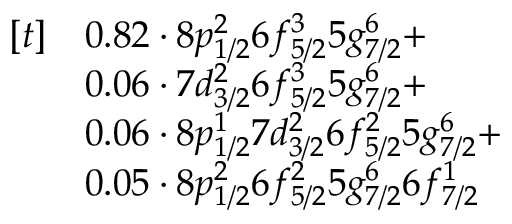
\begin{array} { r l } { [ t ] } & { 0 . 8 2 \cdot 8 p _ { 1 / 2 } ^ { 2 } 6 f _ { 5 / 2 } ^ { 3 } 5 g _ { 7 / 2 } ^ { 6 } + } \\ & { 0 . 0 6 \cdot 7 d _ { 3 / 2 } ^ { 2 } 6 f _ { 5 / 2 } ^ { 3 } 5 g _ { 7 / 2 } ^ { 6 } + } \\ & { 0 . 0 6 \cdot 8 p _ { 1 / 2 } ^ { 1 } 7 d _ { 3 / 2 } ^ { 2 } 6 f _ { 5 / 2 } ^ { 2 } 5 g _ { 7 / 2 } ^ { 6 } + } \\ & { 0 . 0 5 \cdot 8 p _ { 1 / 2 } ^ { 2 } 6 f _ { 5 / 2 } ^ { 2 } 5 g _ { 7 / 2 } ^ { 6 } 6 f _ { 7 / 2 } ^ { 1 } } \end{array}